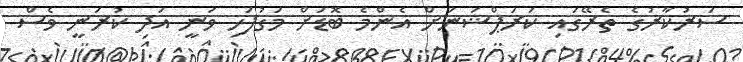
ސަރުކާރުގެ ތެރޭގައި ކަރަޕްޝަނަށް އެންމެ ބޮޑަށް މަގުފަހި ވަނީ އަދި ކުރަނީ ވެސް